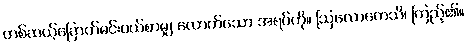
တစ်ဆယ့်ခြောက်မင်းပယ်စာမျှ လောက်သော အရပ်ကို။ ဩလောကေသိ၊ ကြည့်၏။